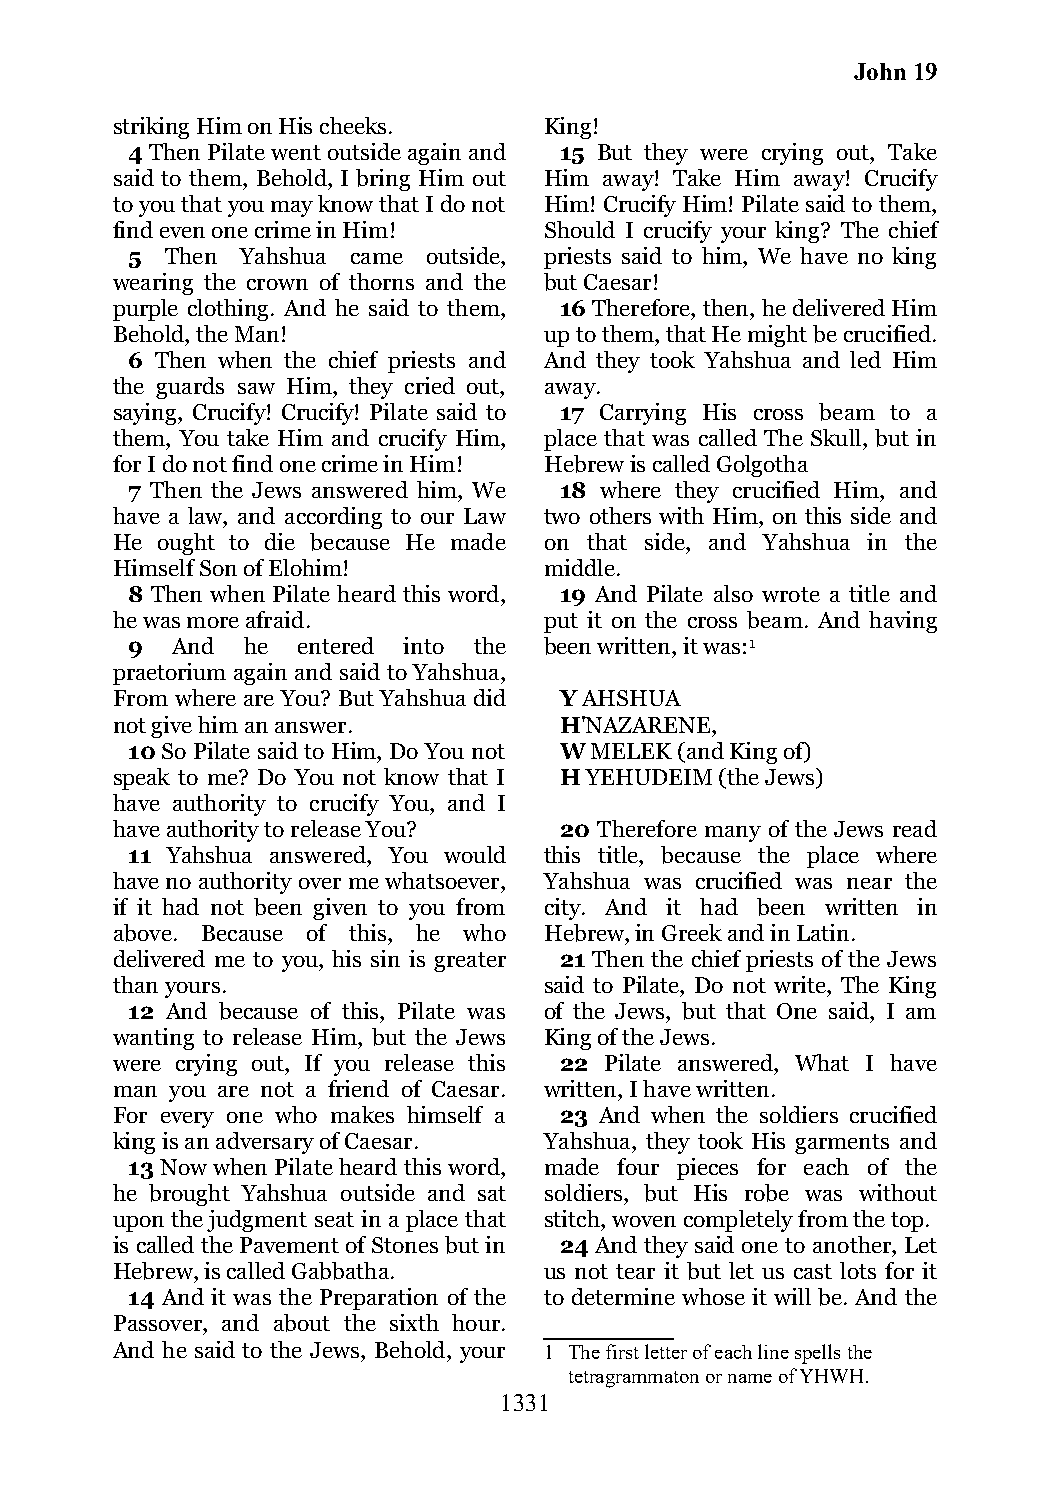
John 19
 striking Him on His cheeks.  King!
 4 Then Pilate went outside again and 15 But they were crying out, Take
 said to them, Behold, I bring Him out Him away! Take Him away! Crucify
 to you that you may know that I do not Him! Crucify Him! Pilate said to them,
 find even one crime in Him!  Should I crucify your king? The chief
 5  Then Yahshua came outside, priests said to him, We have no king
 wearing the crown of thorns and the but Caesar!
 purple clothing. And he said to them, 16 Therefore, then, he delivered Him
 Behold, the Man!             up to them, that He might be crucified.
 6 Then when the chief priests and And they took Yahshua and led Him
 the guards saw Him, they cried out, away.
 saying, Crucify! Crucify! Pilate said to 17 Carrying His cross beam to a
 them, You take Him and crucify Him, place that was called The Skull, but in
 for I do not find one crime in Him! Hebrew is called Golgotha
 7 Then the Jews answered him, We 18 where they crucified Him, and
 have a law, and according to our Law two others with Him, on this side and
 He ought to die because He made on that side, and Yahshua in the
 Himself Son of Elohim!       middle.
 8 Then when Pilate heard this word, 19 And Pilate also wrote a title and
 he was more afraid.          put it on the cross beam. And having
 9  And  he  entered into the been written, it was:1
 praetorium again and said to Yahshua,
 From where are You? But Yahshua did Y AHSHUA
 not give him an answer.       H'NAZARENE,
 10 So Pilate said to Him, Do You not W MELEK (and King of)
 speak to me? Do You not know that I H YEHUDEIM (the Jews)
 have authority to crucify You, and I
 have authority to release You? 20 Therefore many of the Jews read
 11 Yahshua answered, You would this title, because the place where
 have no authority over me whatsoever, Yahshua was crucified was near the
 if it had not been given to you from city. And it had been written in
 above. Because of this, he who Hebrew, in Greek and in Latin.
 delivered me to you, his sin is greater 21 Then the chief priests of the Jews
 than yours.                  said to Pilate, Do not write, The King
 12 And because of this, Pilate was of the Jews, but that One said, I am
 wanting to release Him, but the Jews King of the Jews.
 were crying out, If you release this 22 Pilate answered, What I have
 man you are not a friend of Caesar. written, I have written.
 For every one who makes himself a 23 And when the soldiers crucified
 king is an adversary of Caesar. Yahshua, they took His garments and
 13 Now when Pilate heard this word, made four pieces for each of the
 he brought Yahshua outside and sat soldiers, but His robe was without
 upon the judgment seat in a place that stitch, woven completely from the top.
 is called the Pavement of Stones but in 24 And they said one to another, Let
 Hebrew, is called Gabbatha.  us not tear it but let us cast lots for it
 14 And it was the Preparation of the to determine whose it will be. And the
 Passover, and about the sixth hour.
 And he said to the Jews, Behold, your 1 The first letter of each line spells the
 tetragrammaton or name of YHWH.
 1331